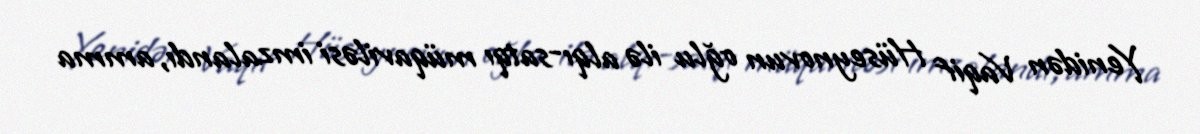
Yenidən Vaqif Hüseynovun oğlu ilə alqı-satqı müqaviləsi imzalandı, amma